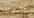
بالعدالة